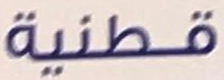
قطنية